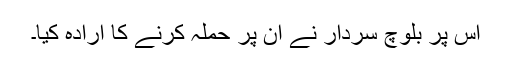
اس پر بلوچ سردار نے ان پر حملہ کرنے کا ارادہ کیا۔